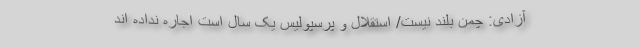
آزادی: چمن بلند نیست/ استقلال و پرسپولیس یک سال است اجاره نداده اند